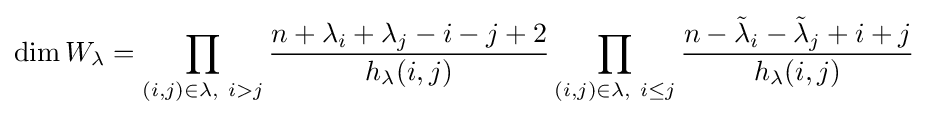
\dim W_{\lambda }=\prod _{(i,j)\in \lambda ,\ i>j}{\frac {n+\lambda _{i}+\lambda _{j}-i-j+2}{h_{\lambda }(i,j)}}\prod _{(i,j)\in \lambda ,\ i\leq j}{\frac {n-{\tilde {\lambda }}_{i}-{\tilde {\lambda }}_{j}+i+j}{h_{\lambda }(i,j)}}